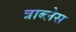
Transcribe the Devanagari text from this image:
त्राब्लेस